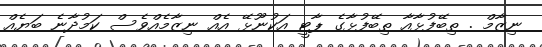
ނިޒާމް . ތިބޭފުޅާއާ ތިބޭފުޅާގެ ޕާޓީ އަކުނޫޅޭ އެއް ނިޒާމެއްވެސް ކަމުދާނެ ބަޔެއް